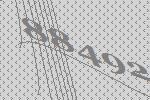
88492